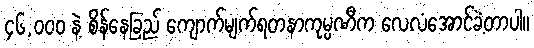
၄၆,၀၀၀ နဲ့ စိန်နေခြည် ကျောက်မျက်ရတနာကုမ္ပဏီက လေလံအောင်ခဲ့တာပါ။